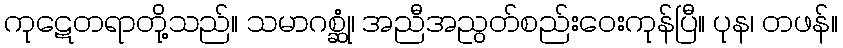
ကုဋေတရာတို့သည်။ သမာဂစ္ဆုံ၊ အညီအညွတ်စည်းဝေးကုန်ပြီ။ ပုန၊ တဖန်။